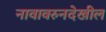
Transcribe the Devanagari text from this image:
नावावरुनदेखील